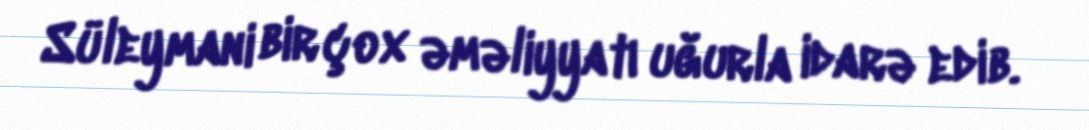
Süleymani bir çox əməliyyatı uğurla idarə edib.